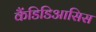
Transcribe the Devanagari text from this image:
कैंडिडिआसिस